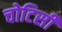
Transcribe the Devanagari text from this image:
चोटिसी